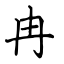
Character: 冉